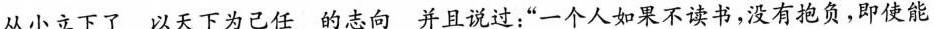
从小立下了 以天下为己任 的志向 并且说过：”一个人如果不读书，没有抱负，即使能